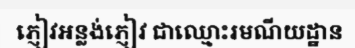
ភ្ញៀវអន្លង់ភ្ញៀវ ជាឈ្មោះរមណីយដ្ឋាន